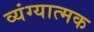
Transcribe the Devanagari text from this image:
व्‍यंग्‍यात्‍मक